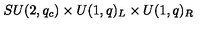
S U ( 2 , q _ { c } ) \times U ( 1 , q ) _ { L } \times U ( 1 , q ) _ { R }